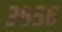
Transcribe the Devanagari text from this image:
३६५६